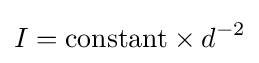
I={\text{constant}}\times d^{-2}